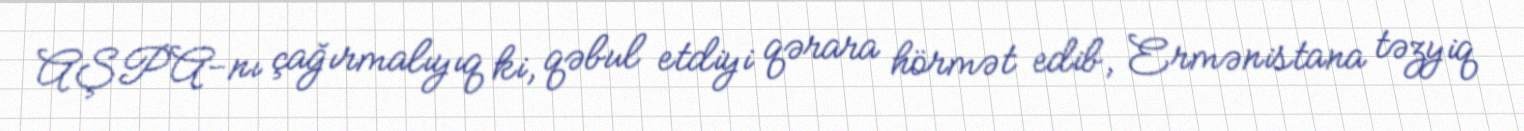
AŞPA-nı çağırmalıyıq ki, qəbul etdiyi qərara hörmət edib, Ermənistana təzyiq